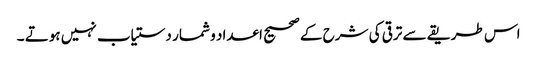
اس طریقے سے ترقی کی شرح کے صحیح اعداد و شمار دستیاب نہیں ہوتے ۔